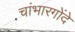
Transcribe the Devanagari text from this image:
चांभारगोंदे